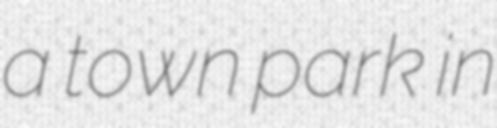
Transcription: a town park in